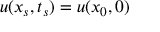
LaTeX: u ( x _ { s } , t _ { s } ) = u ( x _ { 0 } , 0 )